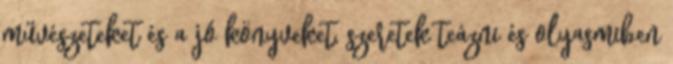
művészeteket és a jó könyveket, szeretek teázni és olyasmiben